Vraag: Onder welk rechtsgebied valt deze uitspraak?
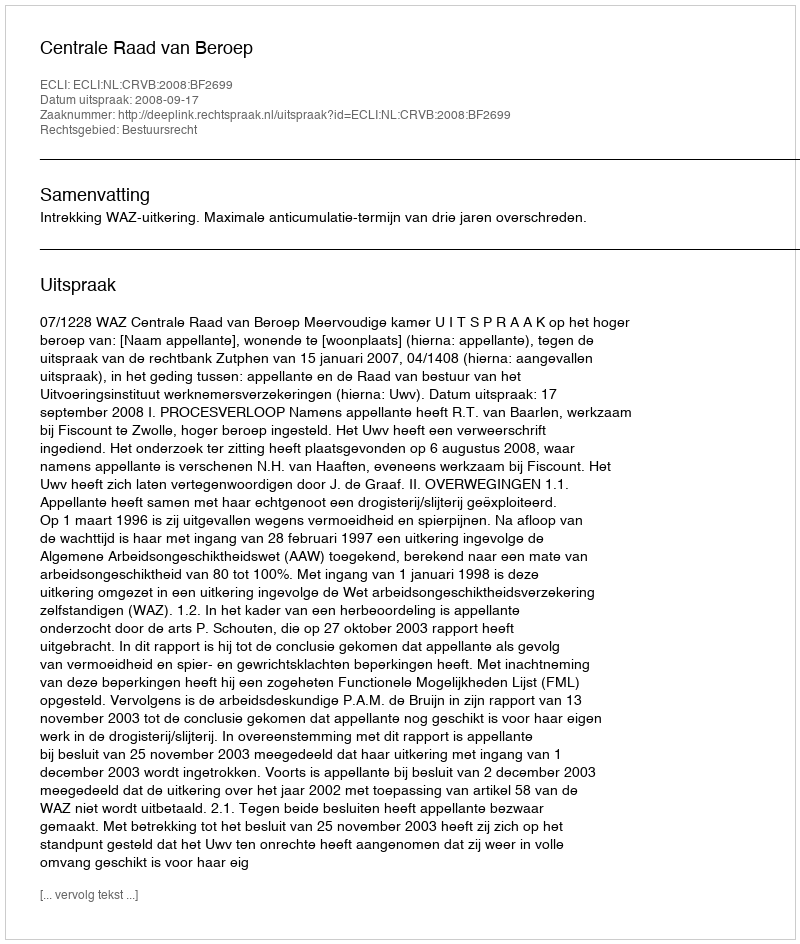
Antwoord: Bestuursrecht